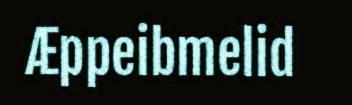
Æppeibmelid